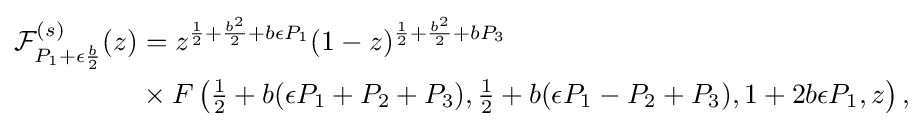
{\begin{aligned}{\mathcal {F}}_{P_{1}+\epsilon {\frac {b}{2}}}^{(s)}(z)&=z^{{\frac {1}{2}}+{\frac {b^{2}}{2}}+b\epsilon P_{1}}(1-z)^{{\frac {1}{2}}+{\frac {b^{2}}{2}}+bP_{3}}\\&\times F\left({\tfrac {1}{2}}+b(\epsilon P_{1}+P_{2}+P_{3}),{\tfrac {1}{2}}+b(\epsilon P_{1}-P_{2}+P_{3}),1+2b\epsilon P_{1},z\right),\end{aligned}}